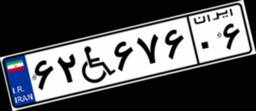
۶۲W۶۷۶۰۶